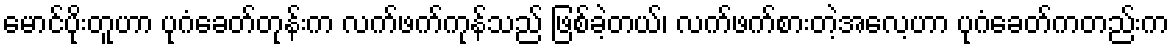
မောင်ပိုးတူဟာ ပုဂံခေတ်တုန်းက လက်ဖက်ကုန်သည် ဖြစ်ခဲ့တယ်၊ လက်ဖက်စားတဲ့အလေ့ဟာ ပုဂံခေတ်ကတည်းက